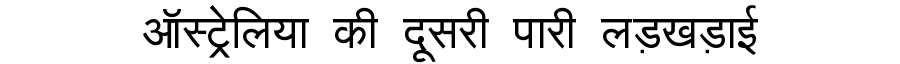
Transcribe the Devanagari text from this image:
ऑस्ट्रेलिया की दूसरी पारी लड़खड़ाई